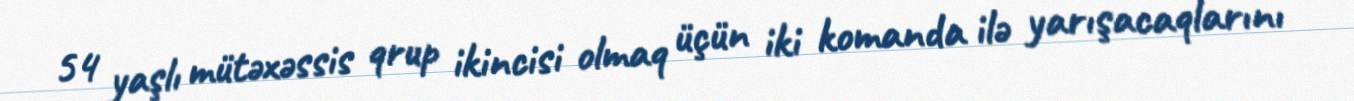
54 yaşlı mütəxəssis qrup ikincisi olmaq üçün iki komanda ilə yarışacaqlarını